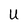
Character: U